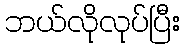
ဘယ်လိုလုပ်ပြီး